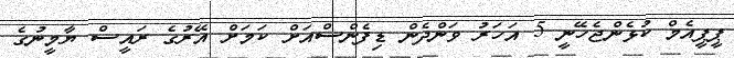
ޕީޕީއެމް ކުޅެންޖެހޭނީ 5 އަހަރު ވަންދެން ޑިފެންސްއަށް ކަމަށް އޭރުގެ ރައީސް ޔާމީނުގެ